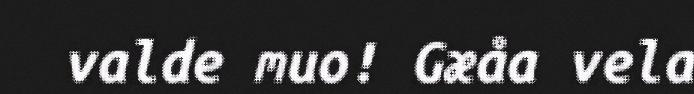
valde muo! Gæåa vela